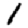
Digit: 1